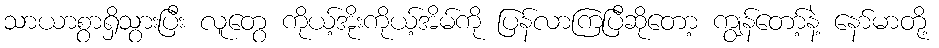
သာယာစွာရှိသွားပြီး လူတွေ ကိုယ့်အိုးကိုယ့်အိမ်ကို ပြန်လာကြပြီဆိုတော့ ကျွန်တော့်နဲ့ နော်မာတို့